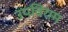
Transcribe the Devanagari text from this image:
उपविराम